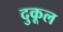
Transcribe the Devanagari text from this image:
दुकूल